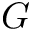
G